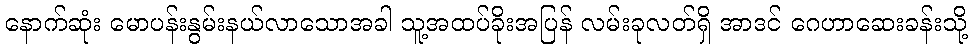
နောက်ဆုံး မောပန်းနွမ်းနယ်လာသောအခါ သူ့အထပ်ခိုးအပြန် လမ်းခုလတ်ရှိ အာဒင် ဂေဟာဆေးခန်းသို့